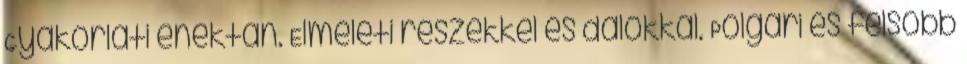
Gyakorlati énektan. Elméleti részekkel és dalokkal. Polgári és felsőbb